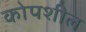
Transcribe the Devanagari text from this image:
कोपशील